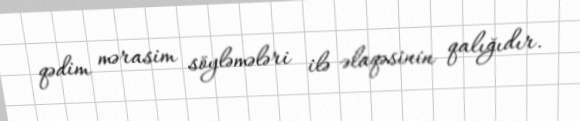
qədim mərasim söyləmələri ilə əlaqəsinin qalığıdır.